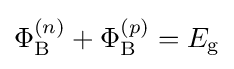
\Phi _{\rm {B}}^{(n)}+\Phi _{\rm {B}}^{(p)}=E_{\rm {g}}